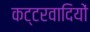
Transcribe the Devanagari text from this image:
कट्टरवादियों